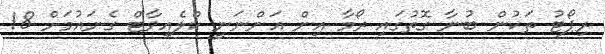
ރިޕޯޓު ތަކުން ބުނާ ގޮތުގައި ރޯމާ އިން އަންނަނީ ކްލެއިވާޓް ގެނައުމަށް 18